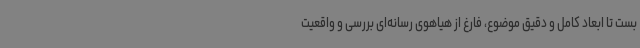
بست تا ابعاد کامل و دقیق موضوع، فارغ از هیاهوی رسانه‌ای بررسی و واقعیت